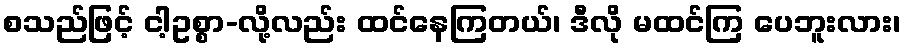
စသည်ဖြင့် ငါ့ဥစ္စာ-လို့လည်း ထင်နေကြတယ်၊ ဒီလို မထင်ကြ ပေဘူးလား၊